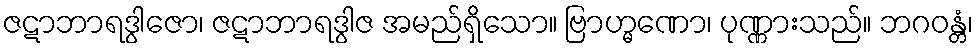
ဇဋာဘာရဒွါဇော၊ ဇဋာဘာရဒွါဇ အမည်ရှိသော။ ဗြာဟ္မဏော၊ ပုဏ္ဏားသည်။ ဘဂဝန္တံ၊